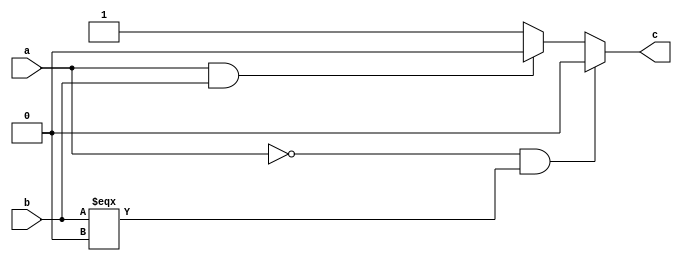
`timescale 1ns / 1ps
//////////////////////////////////////////////////////////////////////////////////
// Company: 
// 
// Design Name: Xor Gate Behavioral Design
// Module Name: xor_gate
// Project Name: 
// Target Devices: 
// Tool Versions: 
// Description: 
// 
// Dependencies: 
// 
// Revision:
// Revision 0.01 - File Created
// Additional Comments:
// 
//////////////////////////////////////////////////////////////////////////////////


module xor_gate(c,a,b);
input a,b;
output c;
reg c;
always@(a,b)

begin
if(a==0 & b===0)
c=0;
else if(a==1 & b==1)
c=0;
else
c=1;
end
endmodule